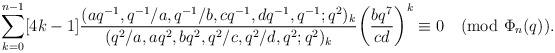
LaTeX: \begin{align*}\sum_{k=0}^{n-1}[4k-1]\frac{(aq^{-1},q^{-1}/a,q^{-1}/b,cq^{-1},dq^{-1},q^{-1};q^2)_k}{(q^2/a,aq^2,bq^2,q^2/c,q^2/d,q^2;q^2)_k}\bigg(\frac{bq^7}{cd}\bigg)^k\equiv0\pmod{\Phi_n(q)}.\end{align*}